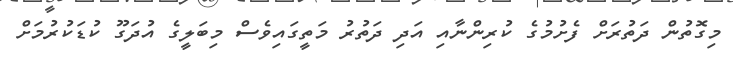
މިގޮތުން ދަތުރަށް ފެށުމުގެ ކުރިންނާއި އަދި ދަތުރު މަތީގައިވެސް މިބަލީގެ އުދަގޫ ކުޑަކުރުމަށް